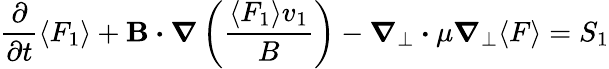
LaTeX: \frac{\partial}{\partial t}\langle F_{1}\rangle+{\mathbf B}\boldsymbol{\cdot}\boldsymbol{\nabla}\left(\frac{\langle F_{1}\rangle v_{1}}{B}\right)-\boldsymbol{\nabla}_{\perp}\boldsymbol{\cdot}\mu\boldsymbol{\nabla}_{\perp}\langle F\rangle=S_{1}